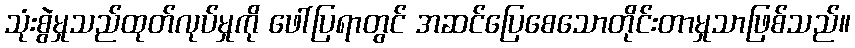
သုံးစွဲမှုသည်ထုတ်လုပ်မှုကို ဖေါ်ပြရာတွင် အဆင်ပြေစေသောတိုင်းတာမှုသာဖြစ်သည်။